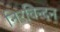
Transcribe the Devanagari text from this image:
निरविन्दन